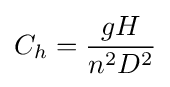
{C_{h}}={gH \over n^{2}D^{2}}